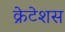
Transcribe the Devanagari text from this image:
क्रेटेशस